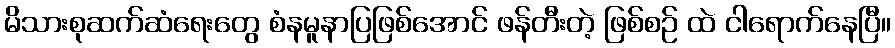
မိသားစုဆက်ဆံရေးတွေ စံနမူနာပြဖြစ်အောင် ဖန်တီးတဲ့ ဖြစ်စဉ် ထဲ ငါရောက်နေပြီ။